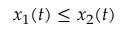
x _ { 1 } ( t ) \leq x _ { 2 } ( t )